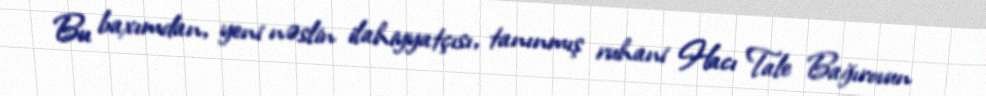
Bu baxımdan, yeni nəslin ilahiyyatçısı, tanınmış ruhani Hacı Tale Bağırovun